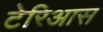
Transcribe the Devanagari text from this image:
टेरिआस